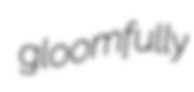
gloomfully